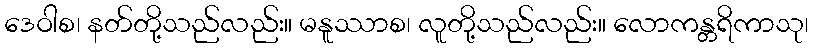
ဒေဝါစ၊ နတ်တို့သည်လည်း။ မနူဿာစ၊ လူတို့သည်လည်း။ လောကန္တရိကာသု၊